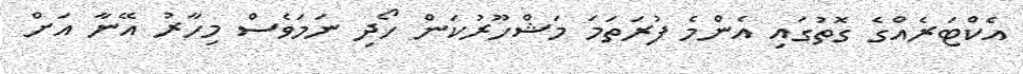
އެކްޓަރެއްގެ ގޮތުގައި އެންމެ ފުރަތަމަ މަޝްހޫރުކަން ހޯދި ނަމަވެސް މިހާރު އޭނާ އަށް